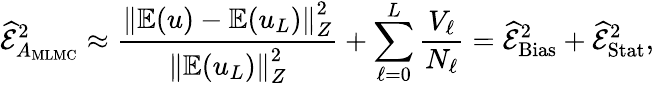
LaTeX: \widehat{\mathcal{E}}_{A_{\mathrm{MLMC}}}^{2}\approx\frac{\left\Vert\mathbb{E}(u)-\mathbb{E}(u_{L})\right\Vert_{Z}^{2}}{\left\Vert\mathbb{E}(u_{L})\right\Vert_{Z}^{2}}+\sum_{\ell=0}^{L}\frac{V_{\ell}}{N_{\ell}}=\widehat{\mathcal{E}}_{\mathrm{Bias}}^{2}+\widehat{\mathcal{E}}_{\mathrm{Stat}}^{2},